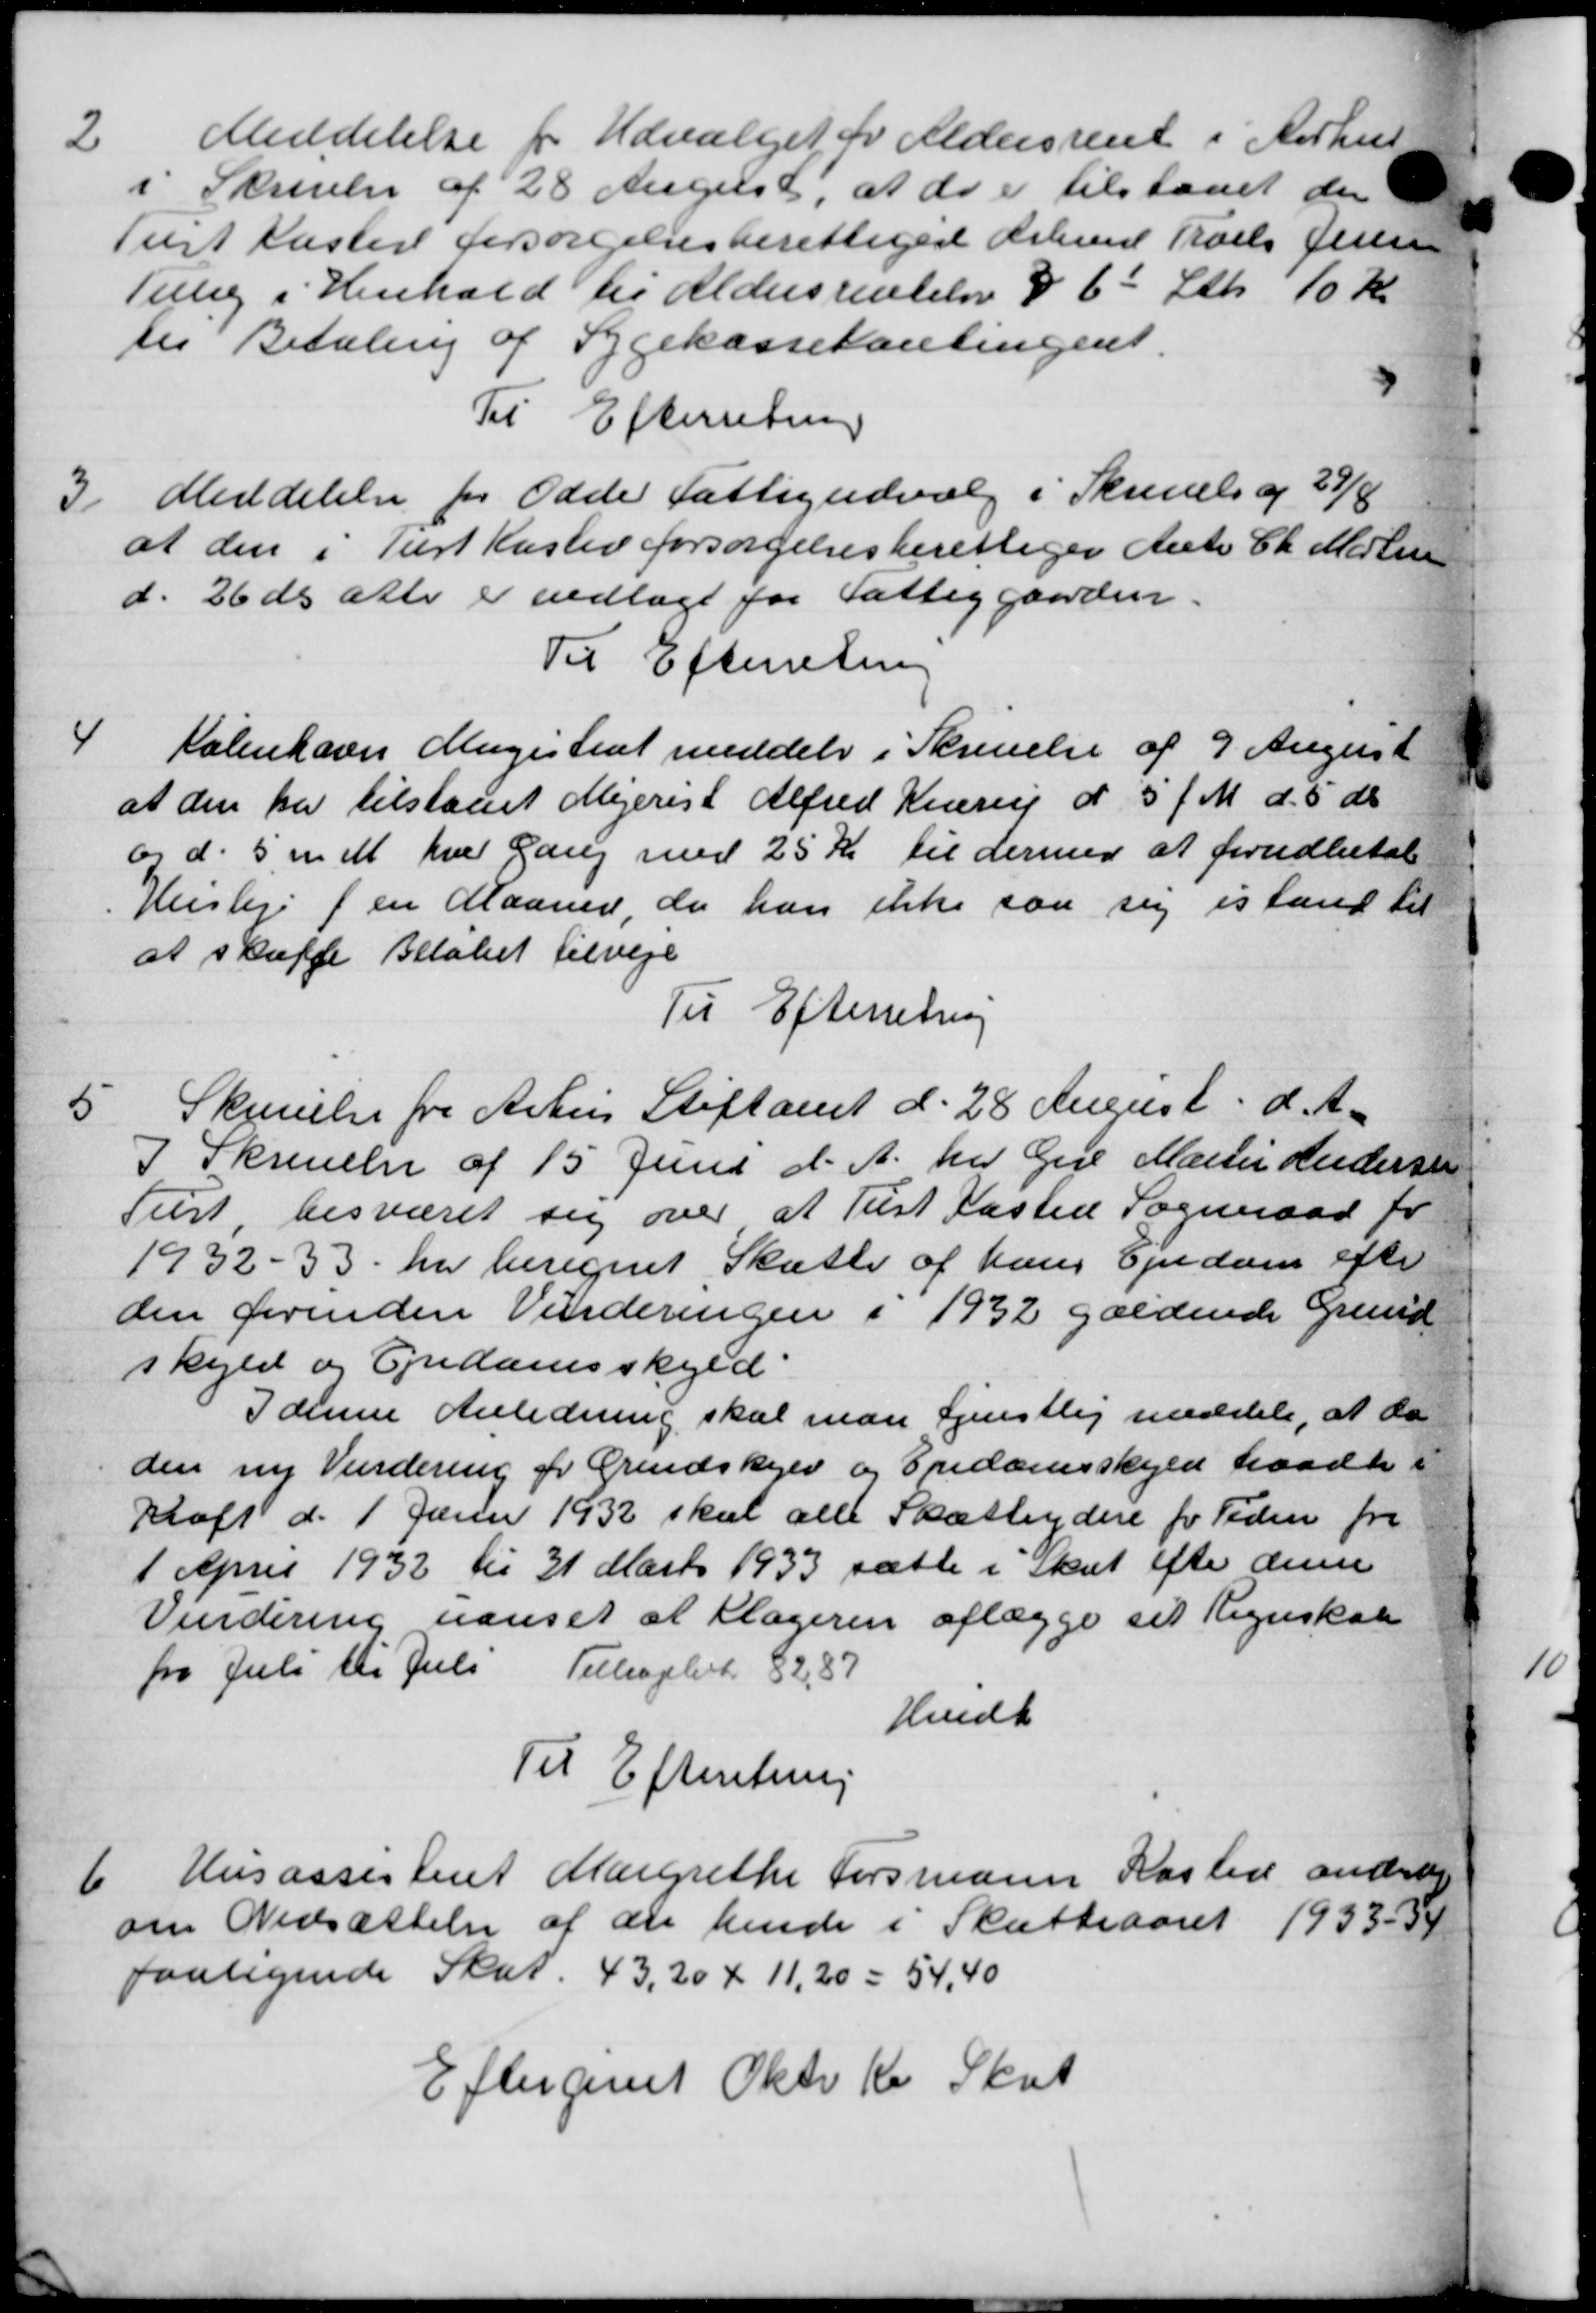
Transskription:
2
Meddelelse for Udvalget for Aldersrent i Aarhus
i Skrivelse af 28 August, at de er tilstaaet der
æst Kaster forsørgelsesberettiget Arbmd Niels Jensen
tillig i Henhold til Aldersrentelse § 6 Stk 10 Kr
til Betaling af Sygekassekontingent.
Til Efterretning
3/
Meddelelse for Odde Fattigudvalg i Skrivels og 29/8
at den i Tist Haslev forsørgelsesberettiger Anto Ch. Medlem
d. 26 ds atte er vedlagt for Fattiggaarden.
Til Efterretning
4
Københavns Magistrat meddeler i Skrivelse af 9 August
at den har tilstaaet Mejerist Alfred Krarup d 5 f. M. d. 5 ds
og d. 5 mdl. hver Gang med 25 Kr til dermed at forudbetal
Husleje f en Maaned, da han ikke saa sig istand til
at skaffe Beløbet tilveje
Til Efterretning

Skrivelse fra Århus Stiftamt d. 28 August d. A.
I Skrivelse af 15 Juni d. A. her Gdr Martin Andersen
Tust, besværet sig over at Tust Fasted Sogneraad for
1932 - 33 har beregnet Skatte af hans Ejendom efter
den forinden Vurderingen i 1932 gældende Grund
skyld og Ejendomsskyld
I denne Anledning skal man tjenstlig meddele, at da
den ny Vurdering pr Grundskyld og Endomsskyld traadte i
Kraft d. 1 Juni 1932 skal alle Skatteydere for Tiden fra
1 April 1932 til 31 Marts 1933 sætte i Skat efter denne
Vurdering uanset at Klageren aflægge sit Regnskab
fra Juli til Juli Tilbagelset 82,87
Hedt
Til Efterretning
6
Husassistent Margrethe Forsmann Kasted andrager
om Nedsættelse af der hende i Skatteaaret 1933-34
faaligende Skat 43,20 + 11,20 = 54,40
Eftergivet Okto Kr Skat